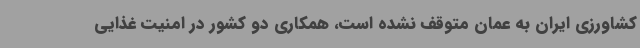
کشاورزی ایران به عمان متوقف نشده است، همکاری دو کشور در امنیت غذایی